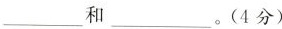
___和___。(4分)